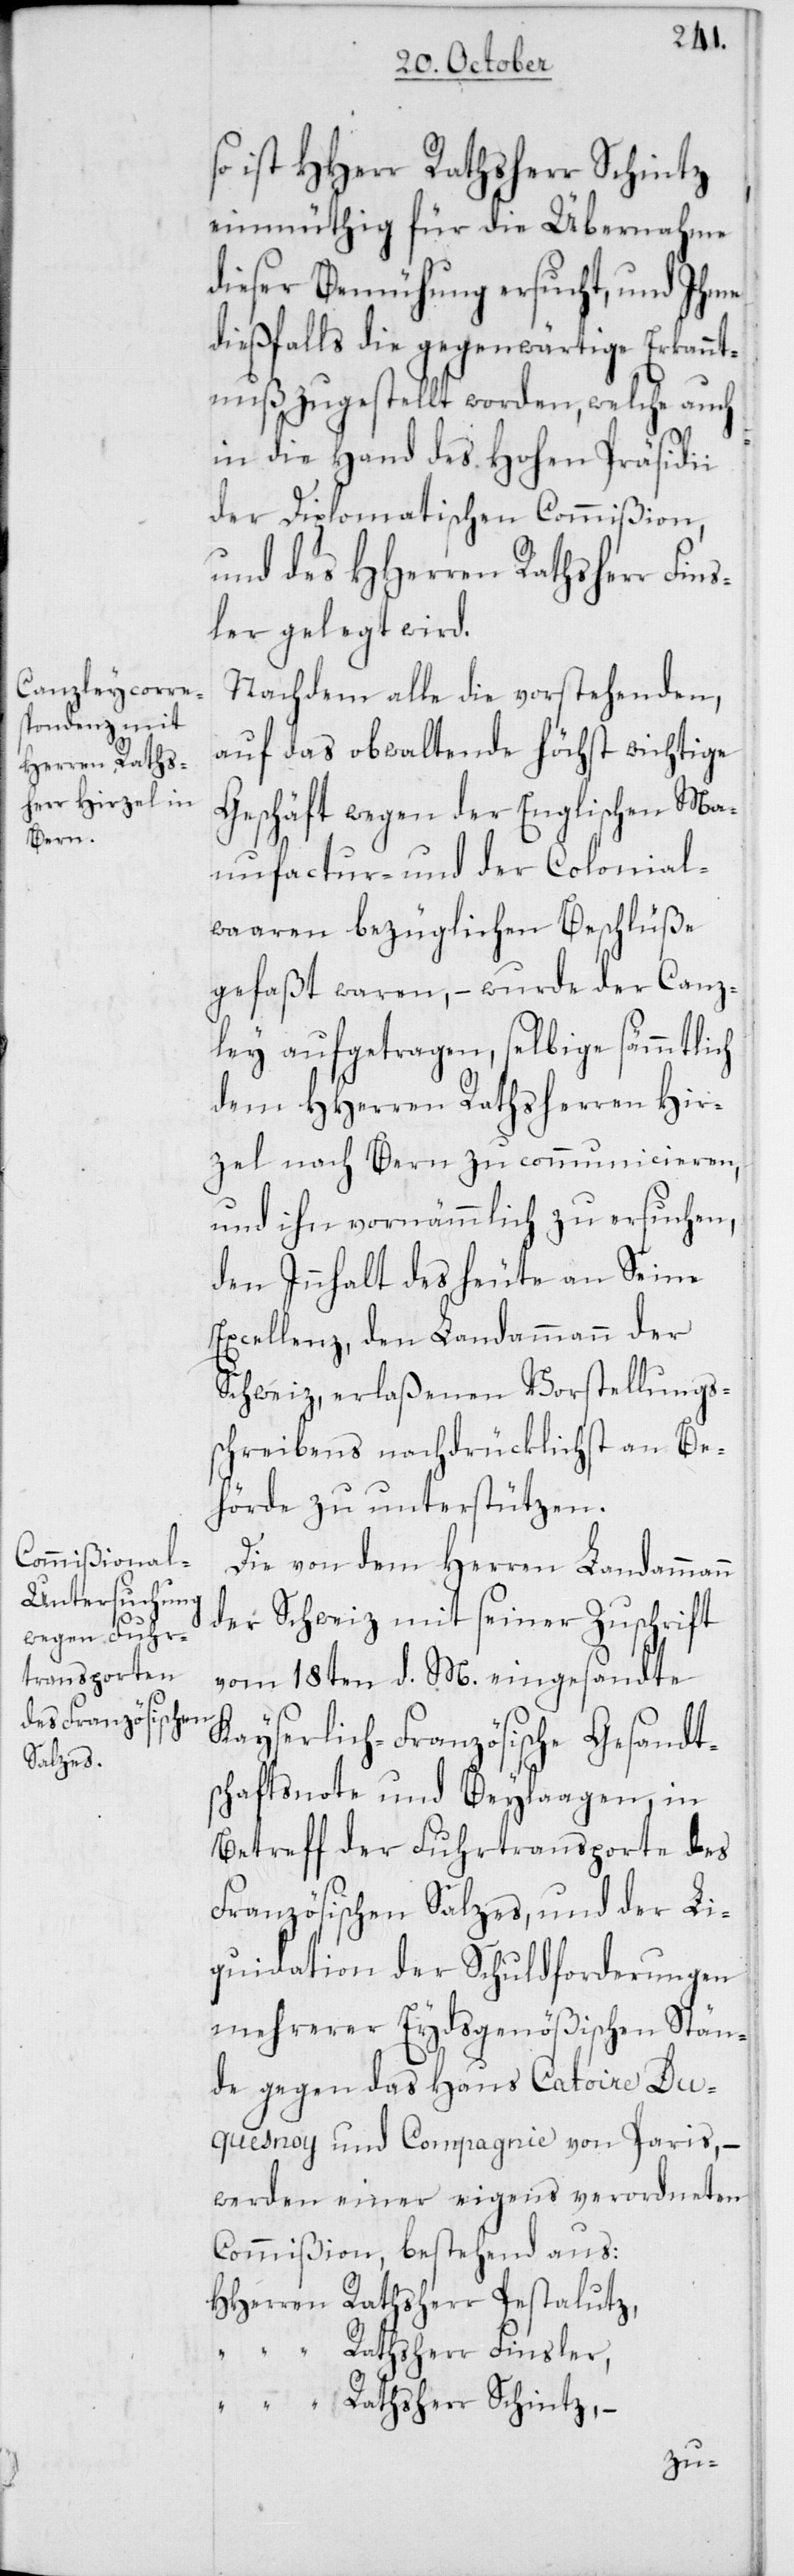
n
ist HHerr Rathsherr Schintz
einmüthig für die Übernahme
dieser Bemühung ersucht, und Ihme
dießfalls die gegenwärtige Erkannt¬
nuß zugestellt worden, welche auch
in die Hand des Hohen Präsidii
der Diplomatischen Commißion,
und des HHerren Rathsherr Fins¬
ler geelgt wird.
Nachdem alle die vorstehenden,
auf das obwaltende höchst wichtige
Geschäft wegen der Englischen Man¬
ufactur- und der Colonial¬
waaren bezüglichen Beschlüße
gefaßt waren, – wurde der Canz¬
ley aufgetragen, selbige sämmtlich
dem HHerren Rathsherren Hir¬
zel nach Bern zu communicieren,
und ihn vornämmlich zu ersuchen,
den Innhalt des heute an Seine
Excellenz den Landammann der
Schweiz, erlaßenen Vorstellungs¬
schreibens nachdrücklichst an Be¬
hörde zu unterstützen.
Die von dem Herren Landamman¬
der Schweiz mit seiner Zuschrift
vom 18ten d. M. eingesandte
Kayserlich-Französische Gesandt¬
schaftsnote und Beylaagen, in
Betreff der Fuhrtransporte des
Französischen Salzes, und der Li¬
quidation der Schuldforderungen
mehrerer Eydsgenößischen Stän¬
de gegen das Haus Catoire Du¬
quesnoy und Compagnie von Paris, –
werden einer eigens verordneten
Commißion, bestehend aus:
HHerren Rathsherr Pestalutz,
“ Rathsherr Finsler,
“ Rathsherr Schintz, –